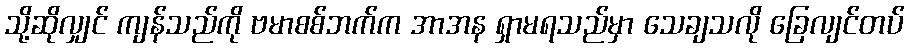
သို့ဆိုလျှင် ကျန်သည်ကို ဗမာစစ်ဘက်က အာအန ရှာမရသည်မှာ သေချသလို ခြေလျင်တပ်